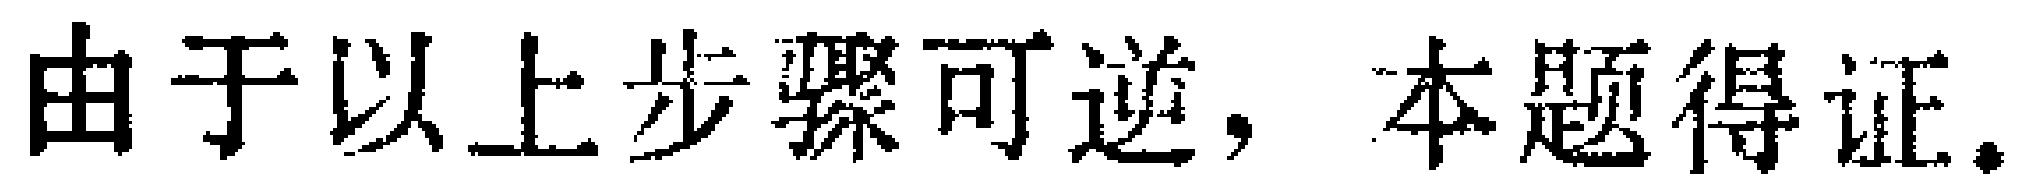
由于以上步骤可逆，本题得证。